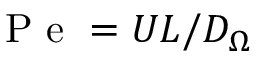
\mathrm { ~ P ~ e ~ } = U L / D _ { \Omega }